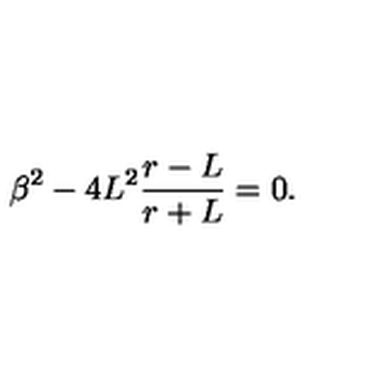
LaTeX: \beta ^ { 2 } - 4 L ^ { 2 } \frac { r - L } { r + L } = 0 .